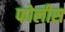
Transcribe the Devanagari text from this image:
फोलीस